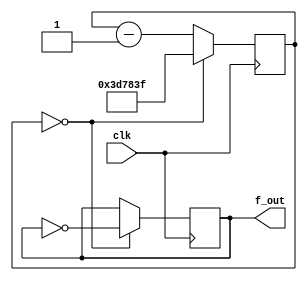
module clock_divider_to_1Hz (clk, f_out);

input clk;
output f_out;

parameter max_count2 = 25_000_000;
reg [21:0] counter;

always @(posedge clk) begin
    if (counter == 0)
        counter <= max_count2 - 1;
    else
        counter <= counter - 1;
end

reg f_out;

always @(posedge clk) begin
    if (counter == 0)
        f_out <= ~f_out;
end

endmodule